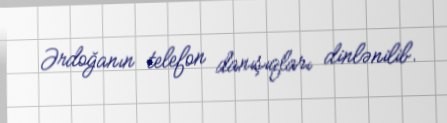
Ərdoğanın telefon danışıqları dinlənilib.